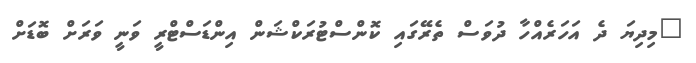
"މިދިޔަ ދެ އަހަރެއްހާ ދުވަސް ތެރޭގައި ކޮންސްޓުރަކްޝަން އިންޑަސްޓްރީ ވަނީ ވަރަށް ބޮޑަށް